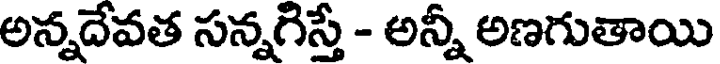
అన్నదేవత సన్నగిస్తే - అన్నీ అణగుతాయి